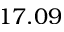
1 7 . 0 9